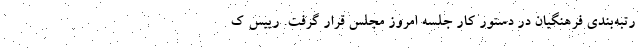
رتبه‌بندی فرهنگیان در دستور کار جلسه امروز مجلس قرار گرفت. رییس ک